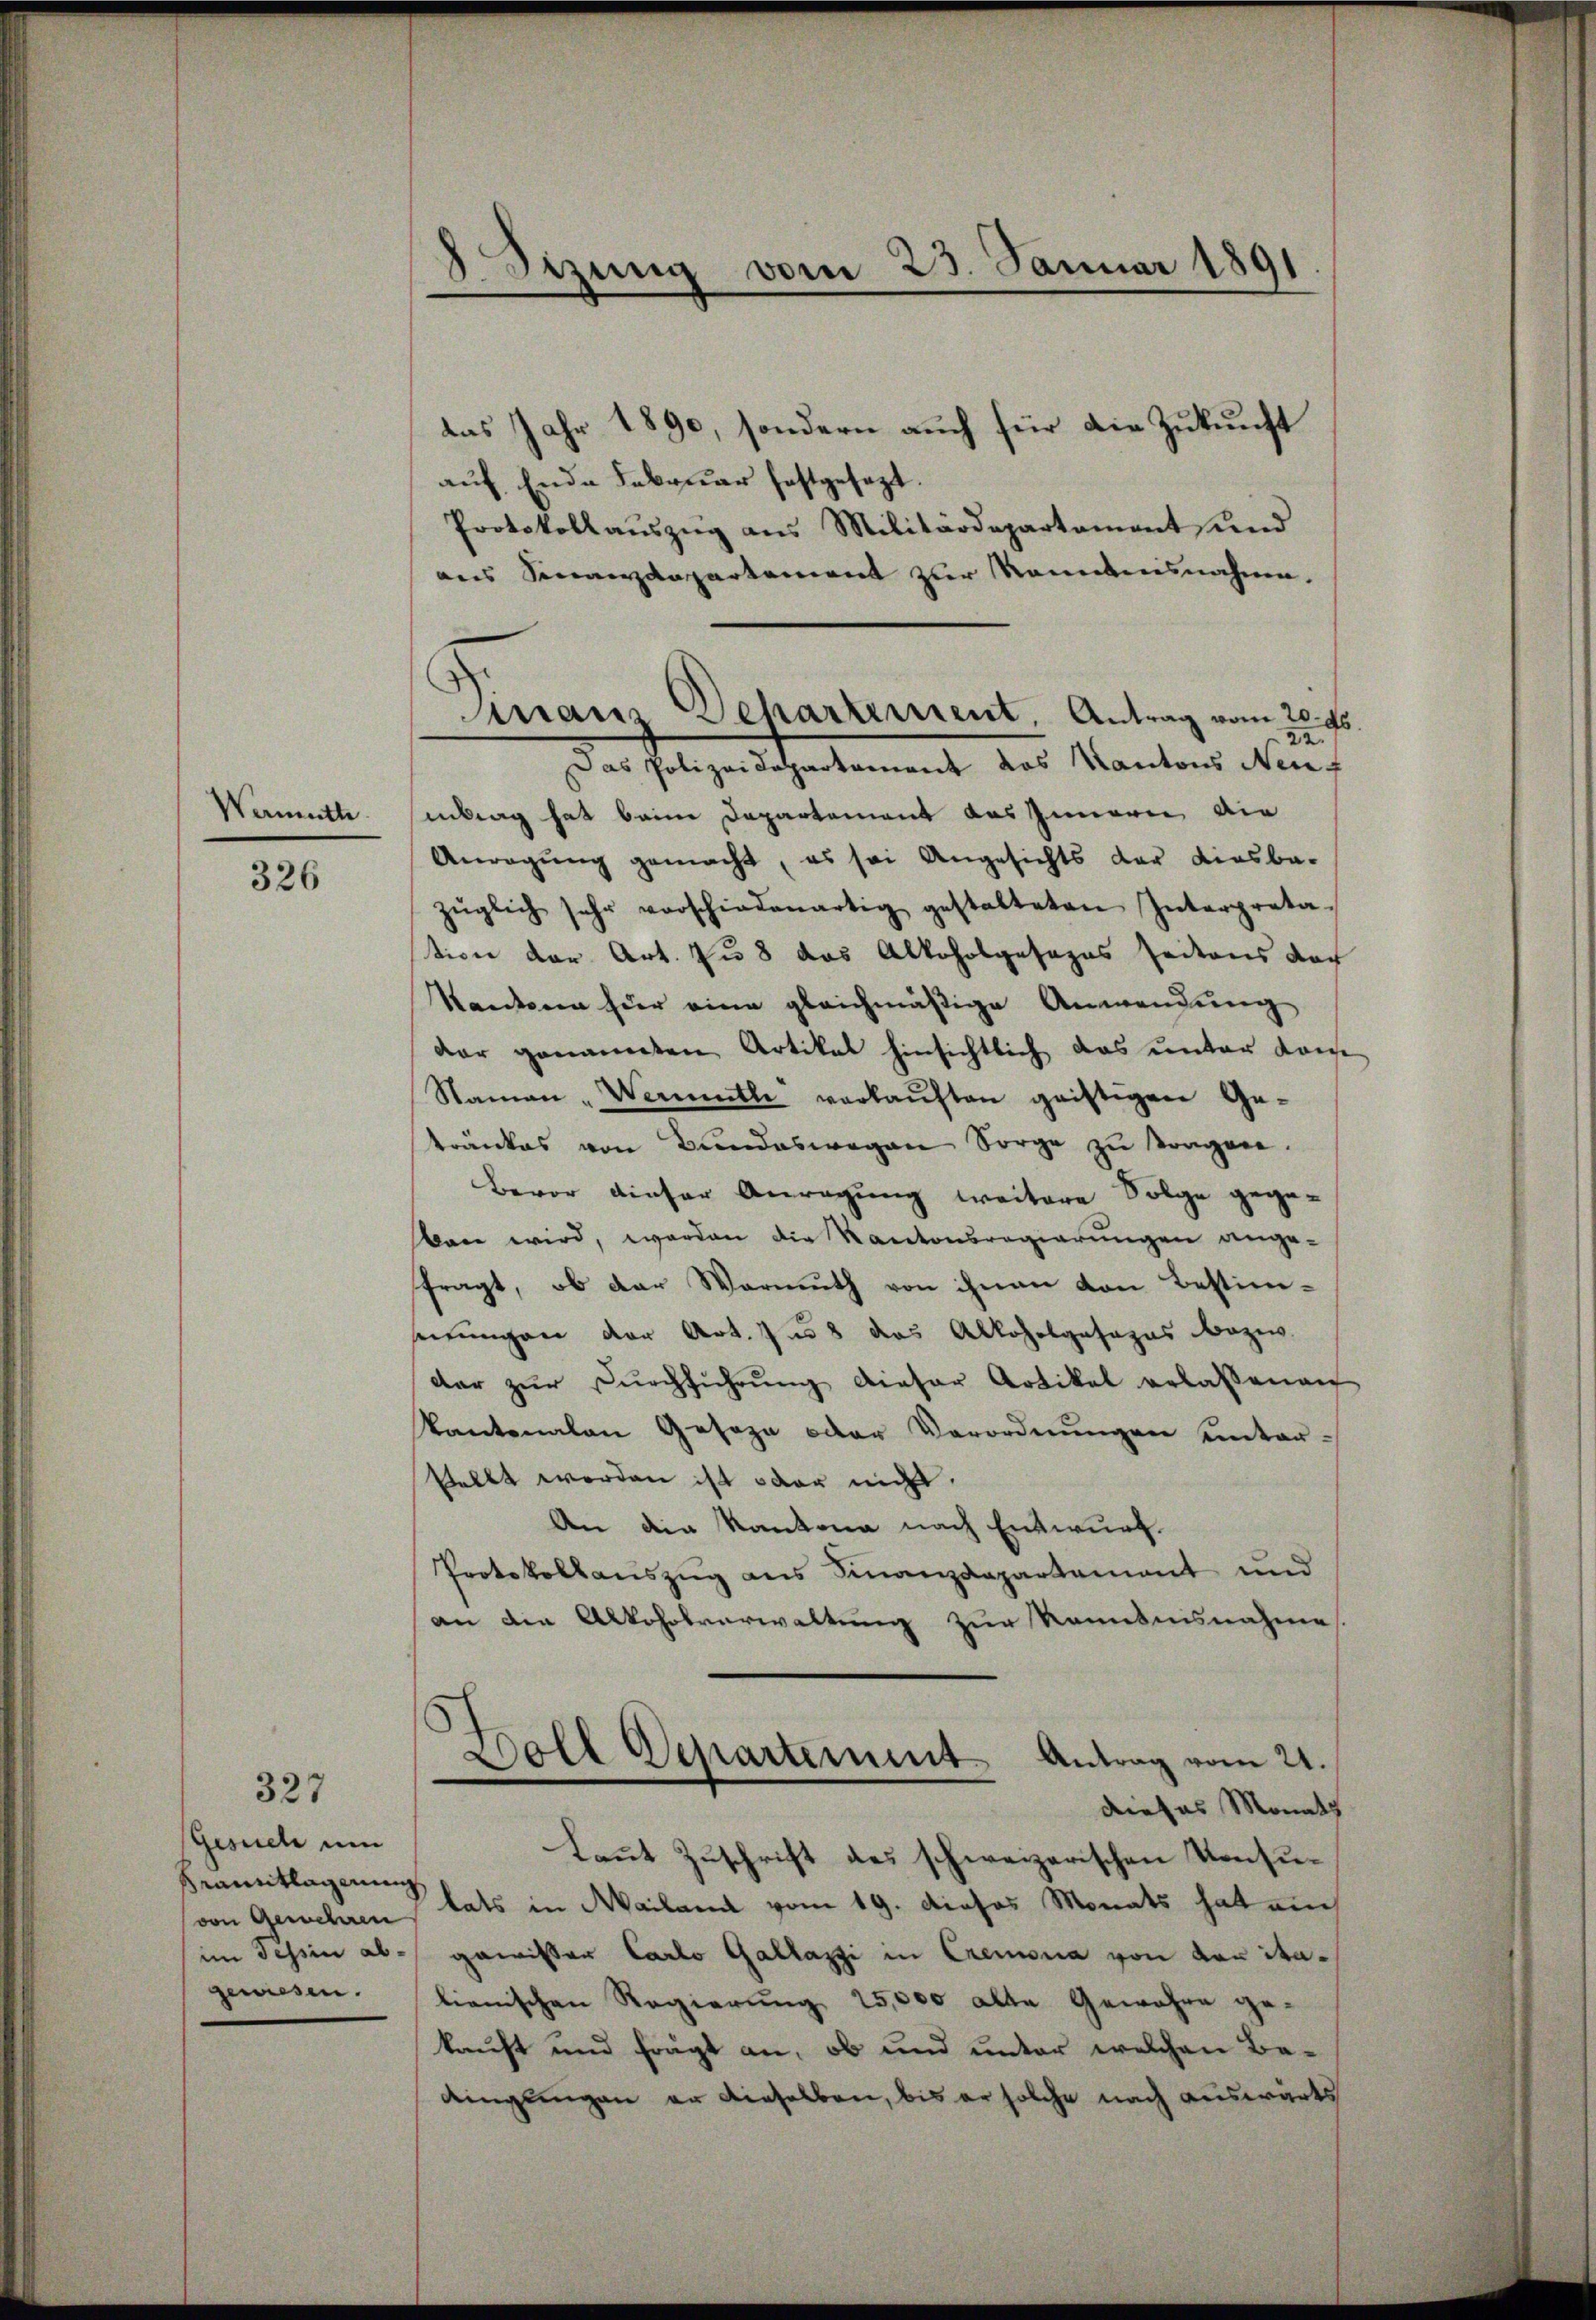
Wermuth

326

327

Gesuch um
Krautlagerung
gewiesen.

3Stzung vom 25. Januar 1891.

das Jahr 1890, sondern auch für die Zukunft
auf Ende Februar festgesezt.
Protokollauszug aus Militärdepartament und
aus Sonanzdepartement zur Raubensnahme.
22.
Das Polizeidepartement das Kantons Neuf
itrag hat beim Departement das Innern die
Anregung gemacht, es sei Angesichts der diesba-
züglich sehr verschiedenartig gestalteten Interpreta-
tion der Art. zu 8 das Alkoholgesezes seitens doch
Kantone hier eine gleichmäßige Anwendung
dar genannten Artikal hinsichtlich das unter Kaise
Namen „Wermutle verkaŭften geistigen Ge-
tränkes von Bŭndeswegen Sorge zŭ tragen.
Bevor dieser Anregung weitere Folge gegeban wird, worden die Kantonsregierungen ange-
fragt, ob der Warmuth von ihnen von Bestimserungen der Art. 758 das Alkoholgesezes bezw.
dar zŭr Dŭrchführŭng dieser Artikel erlassenen
Pantonalen Geseze oder Verordnŭngen unter-
Vellt werden ist oder nicht.
An die Kantona nach Entwurf.
Protokollauszug aus Finanzdepartement und
an die Alkoholverwaltung zur Kenntnisnahme.
Boll Departement Antrag vom 21.
dieses Monats
kannt Zuschrift des schweizerischen Konsuvon Gewehren, tats in Mailand vom 19. dieses Monats hat ain
im Tessin abgewister Carlo Gallazzi in Cremonia von von italienischen Regierung 25,000 alte Gewähre gekauft und frägt an, ob und unter welchen Bedinglingen er dieselben, bis er solche nach auswärts

Dinaus Dehartement, Antrag vom 20. 45.